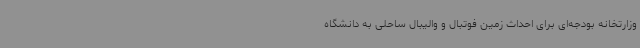
وزارتخانه بودجه‌ای برای احداث زمین فوتبال و والیبال ساحلی به دانشگاه